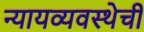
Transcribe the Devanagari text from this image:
न्यायव्यवस्थेची